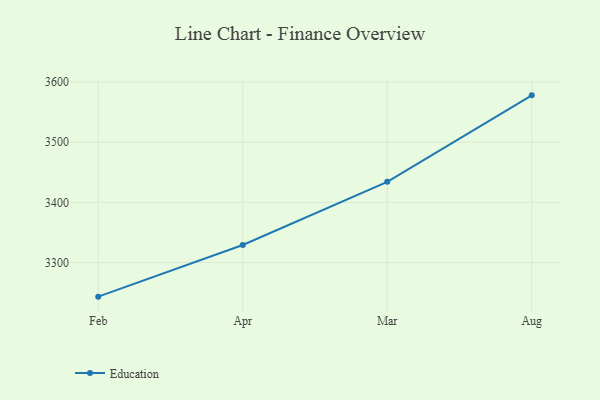
{"axis": {"x": "Month", "y": "Gross Profit (USD K)"}, "legend": ["Education"], "data": [{"x": "Feb", "y": 3243.1, "type": "Education"}, {"x": "Apr", "y": 3329.0, "type": "Education"}, {"x": "Mar", "y": 3434.1, "type": "Education"}, {"x": "Aug", "y": 3577.9, "type": "Education"}]}